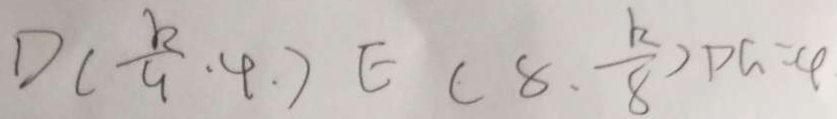
D ( \frac { k } { 9 } \cdot 4 . ) E ( 8 . \frac { k } { 8 } ) D G = 4